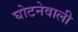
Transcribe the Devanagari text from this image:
घोटनेवाली